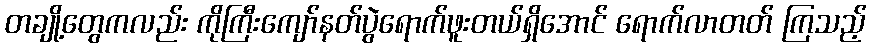
တချို့တွေကလည်း ကိုကြီးကျော်နတ်ပွဲရောက်ဖူးတယ်ရှိအောင် ရောက်လာတတ် ကြသည့်